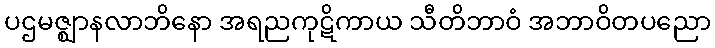
ပဌမဇ္ဈာနလာဘိနော အရညကုဋိကာယ သီတိဘာဝံ အဘာဝိတပညော